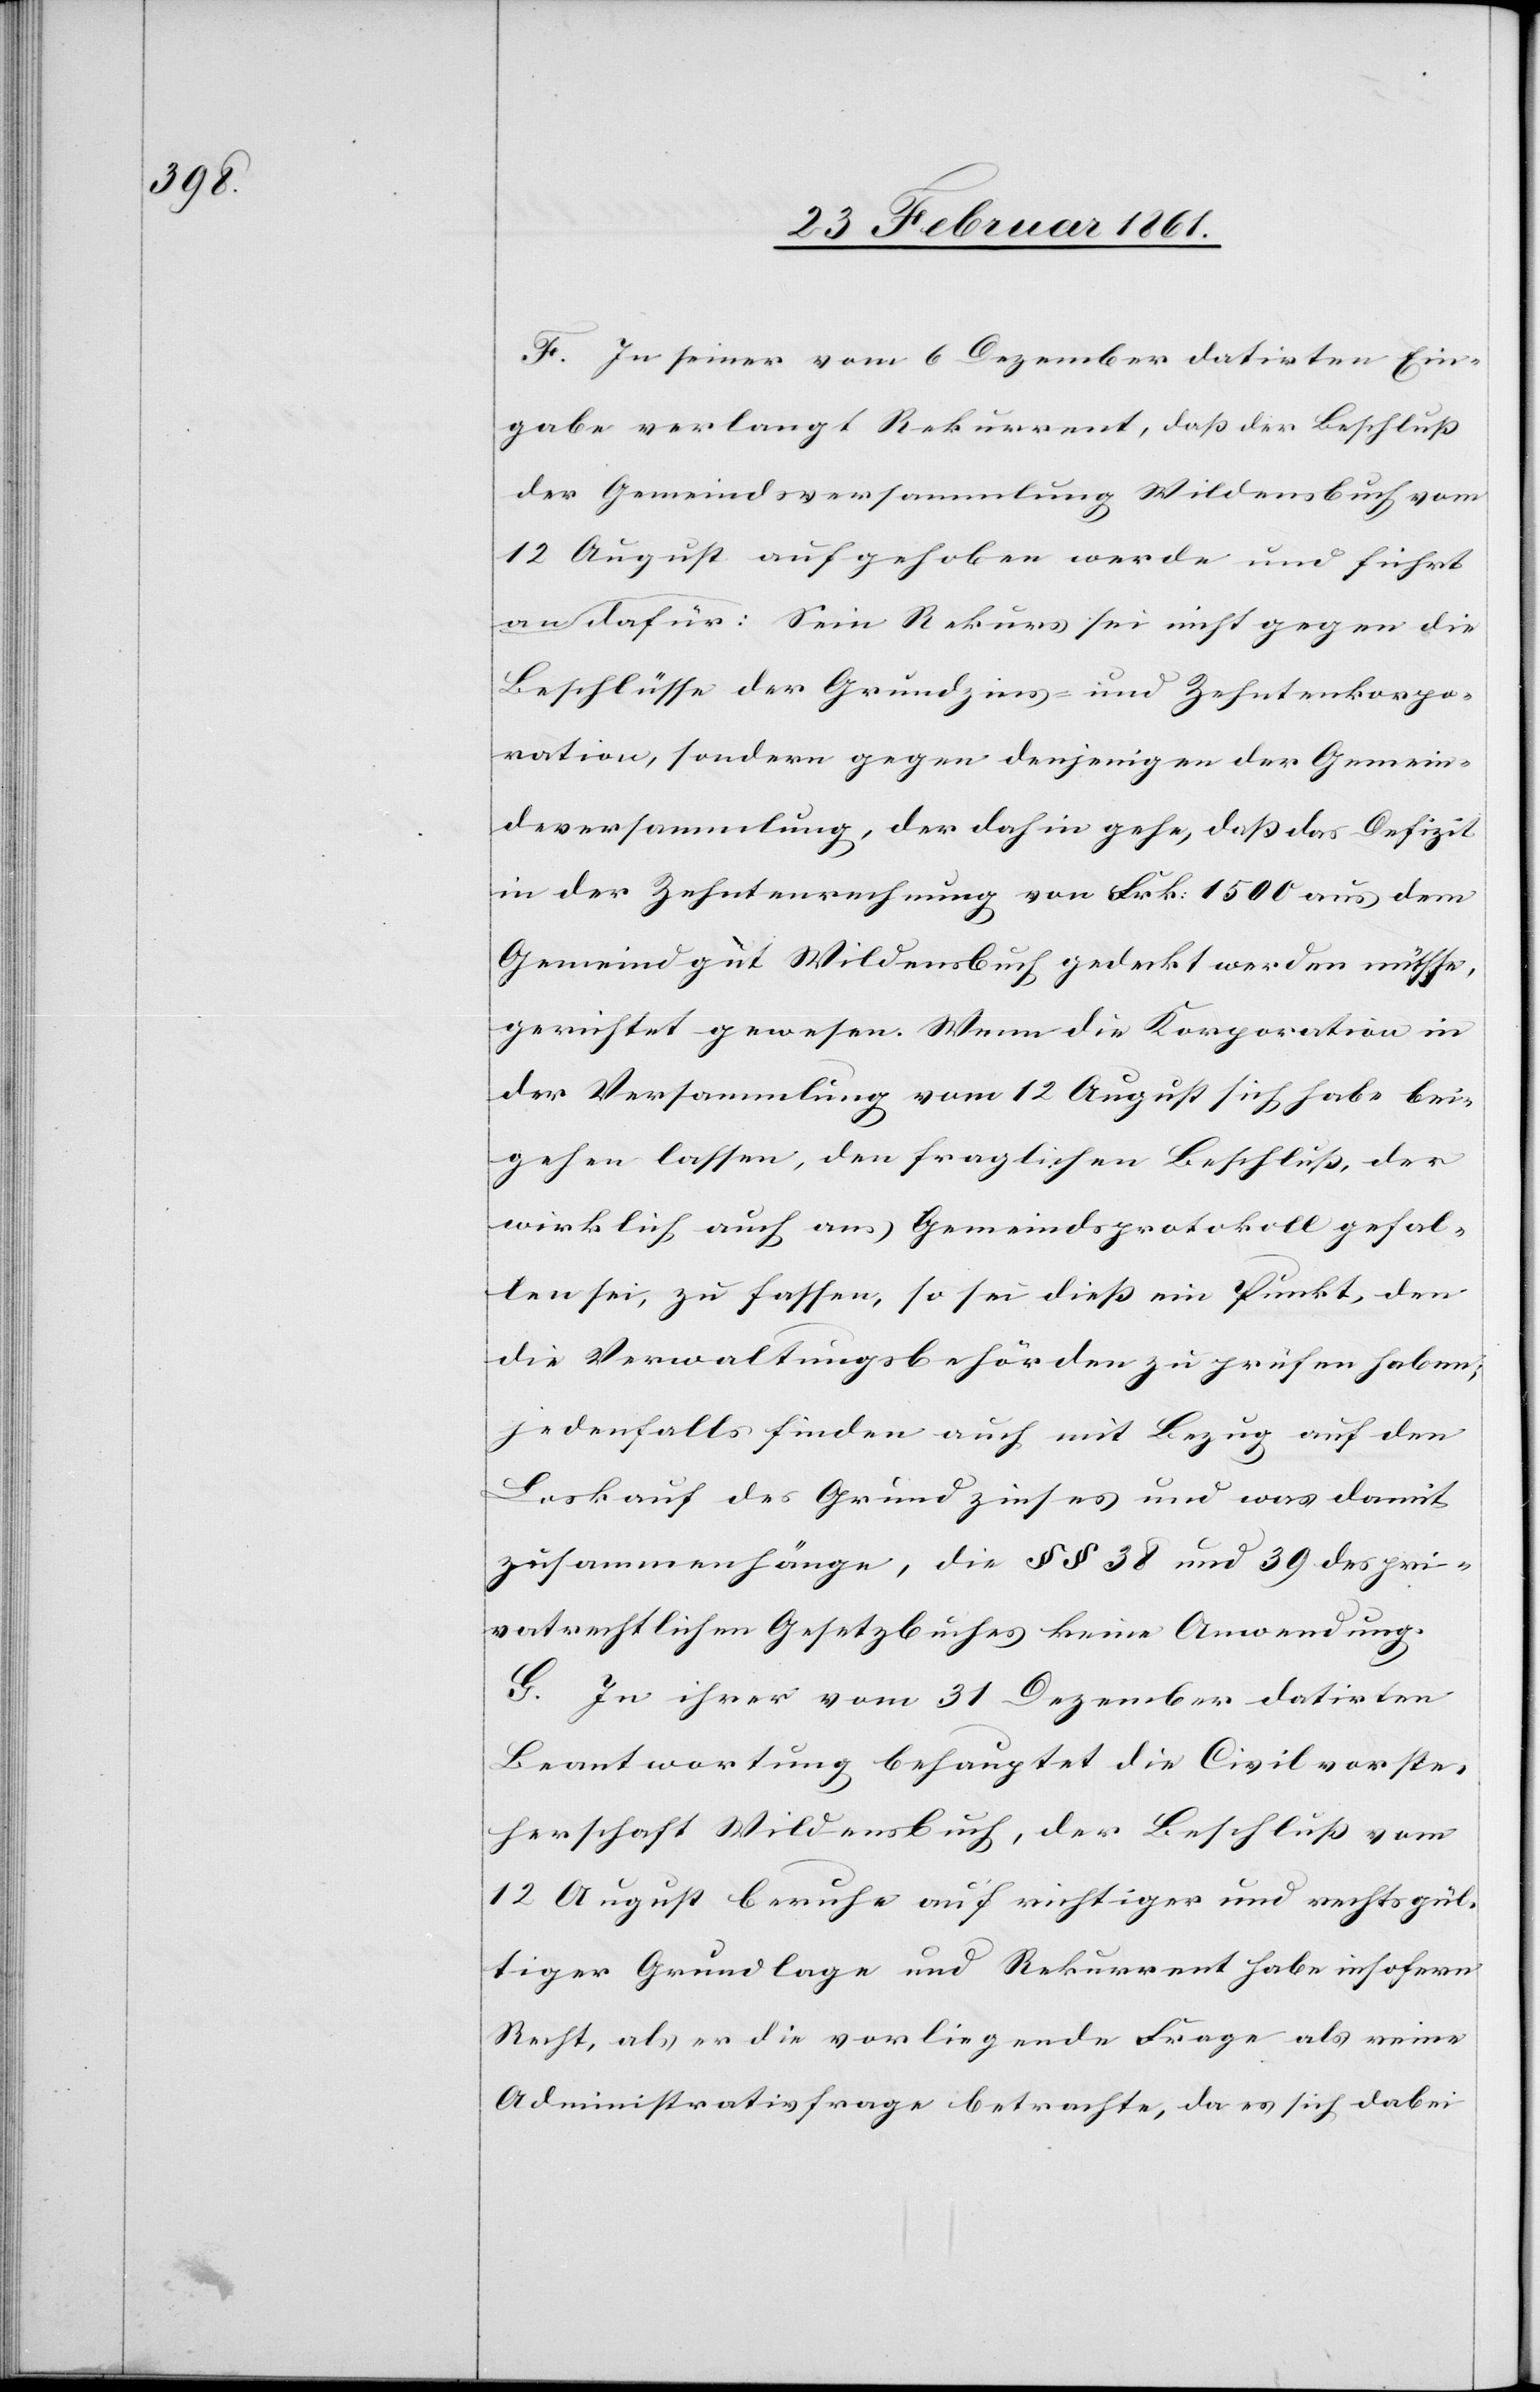
F. In seiner vom 6. Dezember datirten Ein¬
gabe verlangt Rekurrent, dass der Beschluss
der Gemeindsversammlung Wildensbuch vom
12. August aufgehoben werde und führt
dafür an: Sein Rekurs sei nicht gegen die
Beschlüsse der Grundzins- und Zehntenkorpo¬
ration, sondern gegen denjenigen der Gemein¬
deversammlung, der dahin gehe, dass das Defizit
in der Zehntenrechnung von Frk. 1500 aus dem
Gemeindgut Wildensbuch gedeckt werden müsse,
gerichtet gewesen. Wenn die Korporation in
der Versammlung vom 12. August sich habe bei¬
gehen lassen, den fraglichen Beschluss, der
wirklich auch ans Gemeindsprotokoll gefal¬
len sei, zu fassen, so sei diess ein Punkt, den
die Verwaltungsbehörden zu prüfen haben;
jedenfalls finden auch mit Bezug auf den
Loskauf des Grundzinses und was damit
zusammenhänge, die §§ 38 und 39 des pri¬
vatrechtlichen Gesetzbuches keine Anwendung.
G. In ihrer vom 31. Dezember datirten
Beantwortung behauptet die Civilvorste¬
herschaft Wildensbuch, der Beschluss vom
12. August beruhe auf richtiger und rechtsgül¬
tiger Grundlage und Rekurrent habe insofern
Recht, als er die vorliegende Frage als eine
Administrativfrage betrachte, da es sich dabei